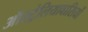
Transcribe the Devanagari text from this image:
ऑस्ट्रेलियावासियों